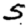
Digit: 5